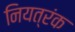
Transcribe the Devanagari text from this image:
नियत्रंक